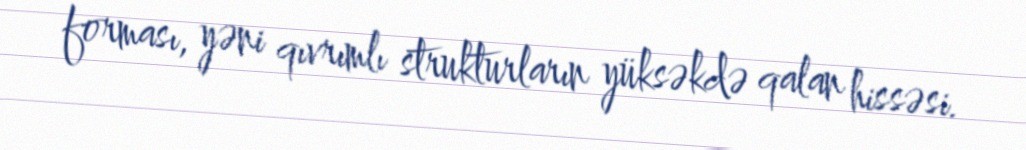
forması, yəni qıvrımlı strukturların yüksəkdə qalan hissəsi.